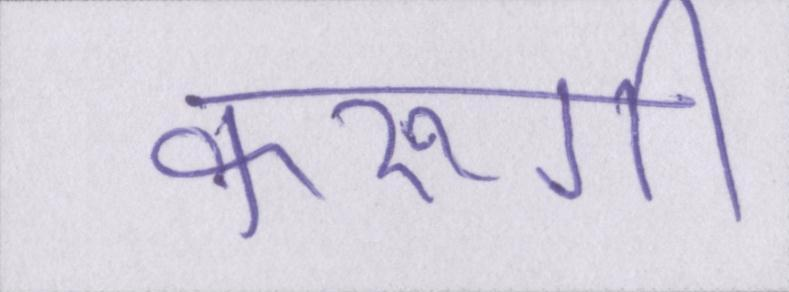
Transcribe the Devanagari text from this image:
करूंगी